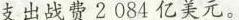
支出战费2084亿美元。